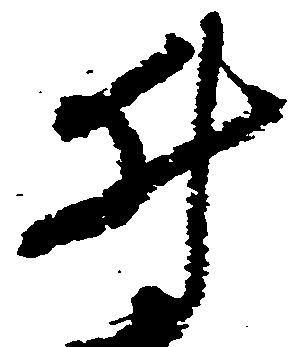
井